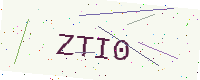
Text: ZTI0